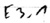
Text: E3.1